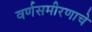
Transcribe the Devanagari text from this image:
वर्णसमीरणाचे